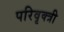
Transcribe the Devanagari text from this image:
परिवृक्त्री